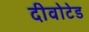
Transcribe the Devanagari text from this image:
दीवोटेड